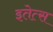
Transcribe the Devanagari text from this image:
इतेत्स